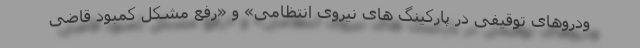
ودروهای توقیفی در پارکینگ های نیروی انتظامی» و «رفع مشکل کمبود قاضی